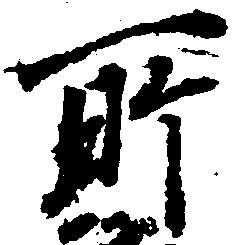
所